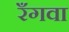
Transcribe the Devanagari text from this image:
रँगवा